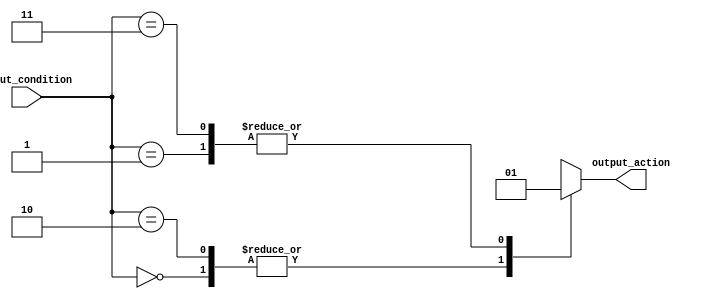
module full_case_statement (
    input wire [1:0] input_condition,
    output reg output_action
);

always @* begin
    case(input_condition)
        2'b00: output_action = 1'b0; // Define action for input_condition = 00
        2'b01: output_action = 1'b1; // Define action for input_condition = 01
        2'b10: output_action = 1'b0; // Define action for input_condition = 10
        2'b11: output_action = 1'b1; // Define action for input_condition = 11
        default: output_action = 1'b0; // Default action
    endcase
end

endmodule